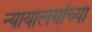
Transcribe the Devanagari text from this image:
न्यायालयांच्या